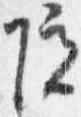
院